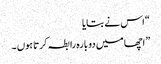
“ اس نے بتایا
” اچھا میں دو بارہ رابطہ کرتا ہوں ۔